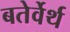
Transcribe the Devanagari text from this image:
बतेर्वेर्थ